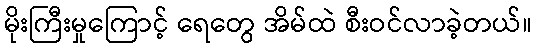
မိုးကြီးမှုကြောင့် ရေတွေ အိမ်ထဲ စီးဝင်လာခဲ့တယ်။